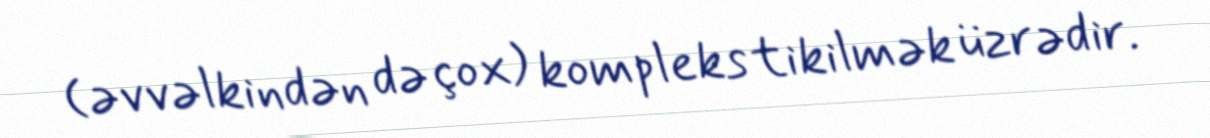
(əvvəlkindən də çox) kompleks tikilmək üzrədir.